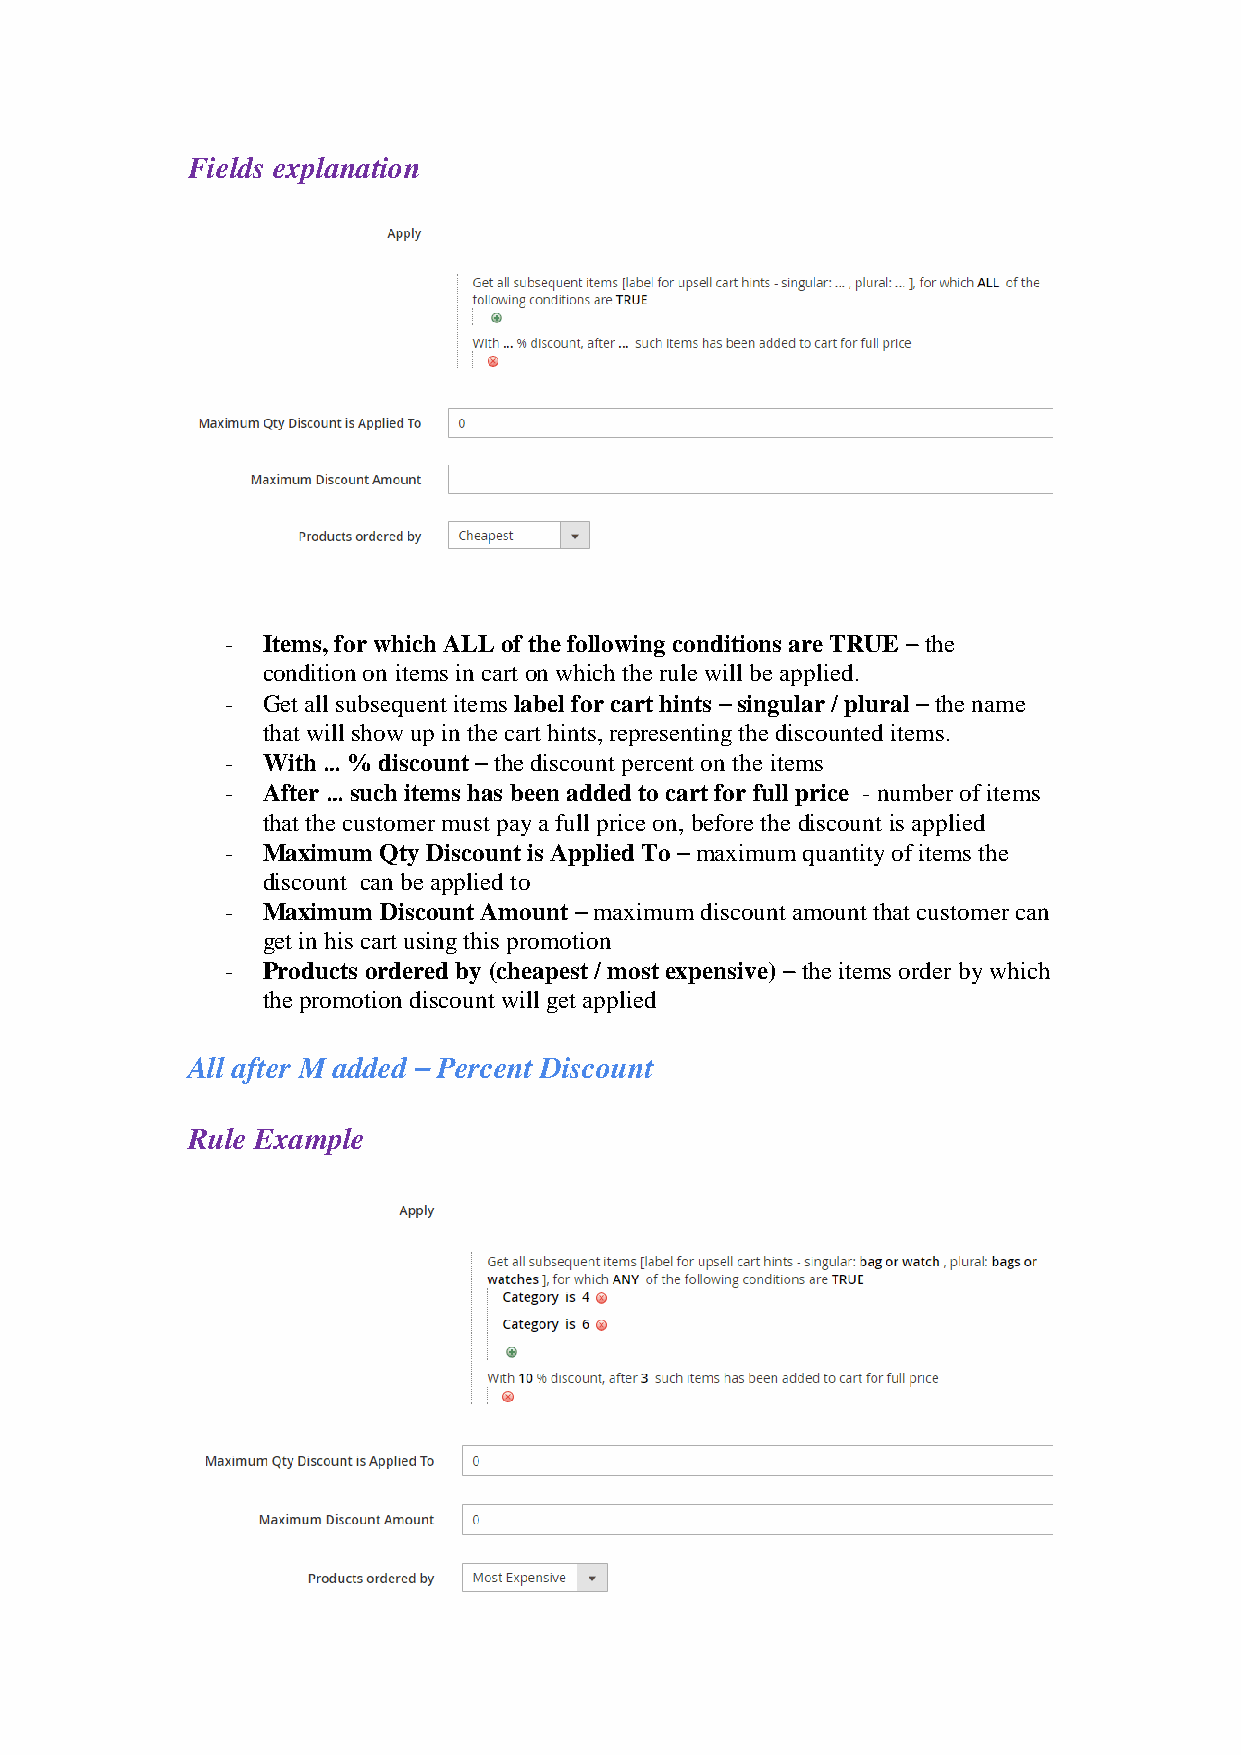
Fields explanation
 - Items, for which ALL of the following conditions are TRUE – the
 condition on items in cart on which the rule will be applied.
 - Get all subsequent items label for cart hints – singular / plural – the name
 that will show up in the cart hints, representing the discounted items.
 - With … % discount – the discount percent on the items
 - After … such items has been added to cart for full price - number of items
 that the customer must pay a full price on, before the discount is applied
 - Maximum Qty Discount is Applied To – maximum quantity of items the
 discount can be applied to
 - Maximum Discount Amount – maximum discount amount that customer can
 get in his cart using this promotion
 - Products ordered by (cheapest / most expensive) – the items order by which
 the promotion discount will get applied
 All after M added – Percent Discount
 Rule Example